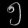
Digit: ၅